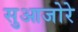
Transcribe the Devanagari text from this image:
सुआजोरे